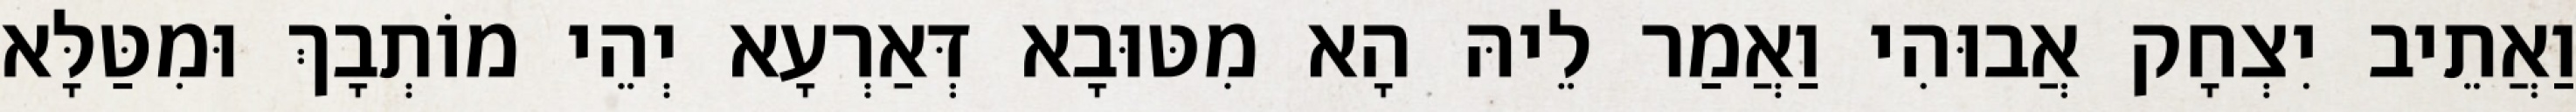
וַאֲתֵיב יִצְחָק אֲבוּהִי וַאֲמַר לֵיהּ הָא מִטּוּבָא דְּאַרְעָא יְהֵי מוֹתְבָךְ וּמִטַּלָּא